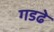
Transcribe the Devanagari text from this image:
गडढे